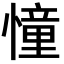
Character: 憧